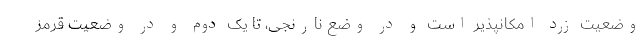
وضعیت زرد امکانپذیر است و در وضع نارنجی، تا یک دوم و در وضعیت قرمز